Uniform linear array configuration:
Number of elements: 8
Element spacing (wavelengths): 0.25
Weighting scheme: uniform
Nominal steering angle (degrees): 0
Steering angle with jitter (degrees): -0.09686
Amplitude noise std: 0.05
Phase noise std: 0.05

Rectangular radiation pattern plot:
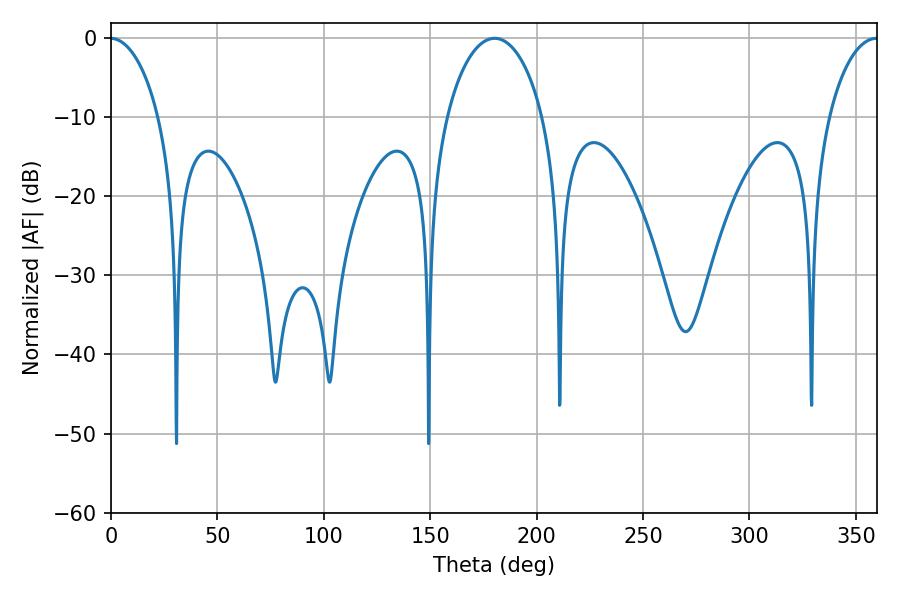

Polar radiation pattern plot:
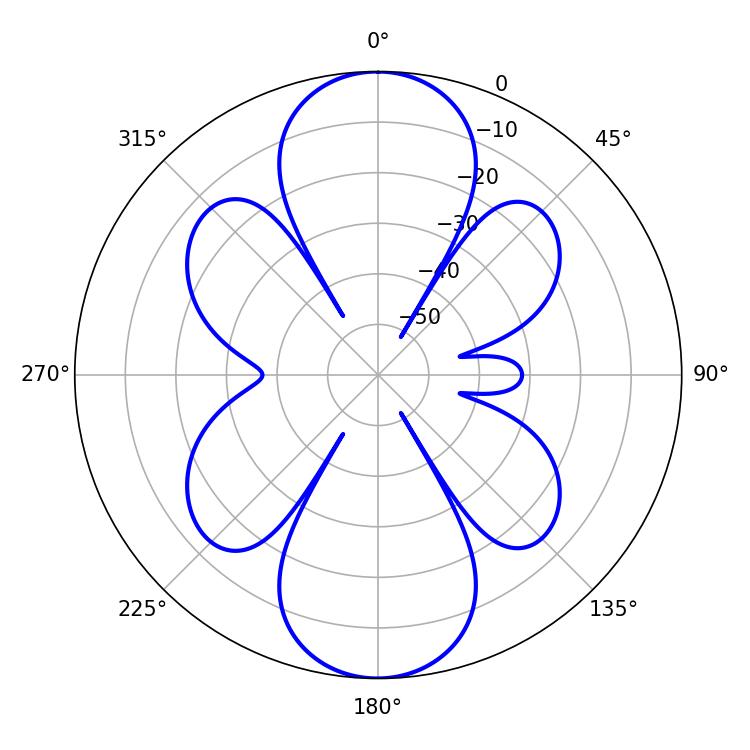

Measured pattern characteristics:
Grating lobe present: FALSE
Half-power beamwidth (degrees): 26.1
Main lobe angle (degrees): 180.18